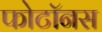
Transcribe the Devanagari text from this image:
फोटॉनस